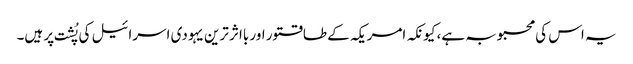
یہ اس کی محبوبہ ہے، کیونکہ امریکہ کے طاقتور اور بااثر ترین یہودی اسرائیل کی پُشت پر ہیں۔